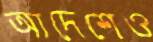
আদেশেও